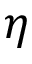
\eta